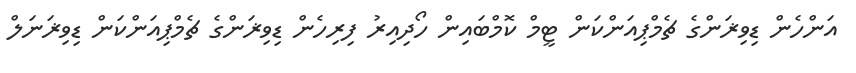
އަންހެން ޑިވިޜަންގެ ޗެމްޕިއަންކަން ޓީމް ކޮމްބައިން ހޯދިއިރު ފިރިހެން ޑިވިޜަންގެ ޗެމްޕިއަންކަން ޑިވިޜަނަލް